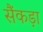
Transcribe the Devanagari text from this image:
सैंकड़ा